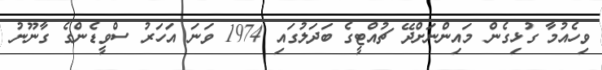
ވިހެއުމާ ގުޅިގެން މައިންނަށްދޭ ޗުއްޓީގެ ބަދަލުގައި 1974 ވަނަ އަހަރު ސްވީޑެންގެ ގާނޫނު